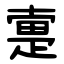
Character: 疐